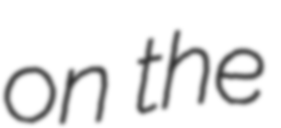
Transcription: on the